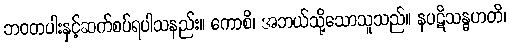
ဘဝတပါးနှင့်ဆက်စပ်ရပါသနည်း။ ကောစိ၊ အဘယ်သို့သောသူသည်။ နပဋိသန္ဓဟတိ၊